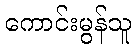
ကောင်းမွန်သူ